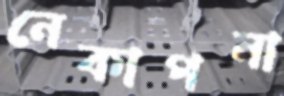
নেকাপনা